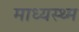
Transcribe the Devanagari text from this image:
माध्यस्थ्म